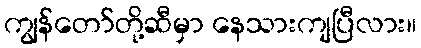
ကျွန်တော်တို့ဆီမှာ နေသားကျပြီလား။